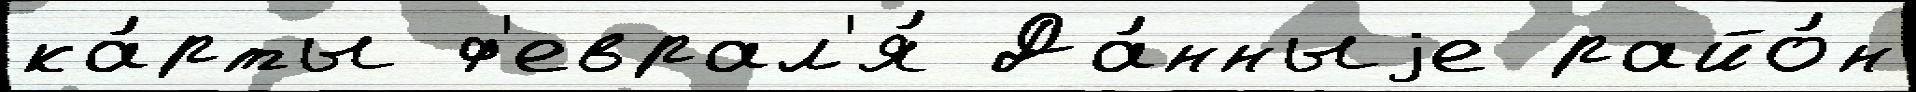
ка́рты ф'еврал'я́ Да́нныjе райо́н